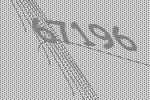
67196